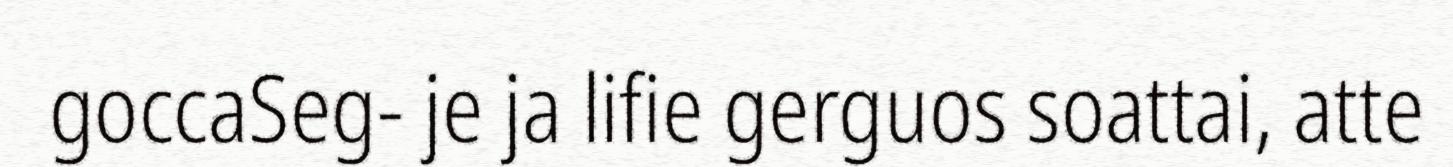
goccaSeg- je ja lifie gerguos soattai, atte